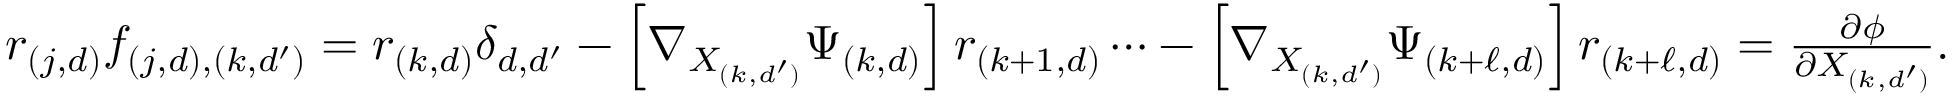
\begin{array} { r } { r _ { ( j , d ) } f _ { ( j , d ) , ( k , d ^ { \prime } ) } = r _ { ( k , d ) } \delta _ { d , d ^ { \prime } } - \left[ \nabla _ { X _ { ( k , d ^ { \prime } ) } } \Psi _ { ( k , d ) } \right] r _ { ( k + 1 , d ) } \cdots - \left[ \nabla _ { X _ { ( k , d ^ { \prime } ) } } \Psi _ { ( k + \ell , d ) } \right] r _ { { ( k + \ell , d ) } } = \frac { \partial \phi } { \partial X _ { ( k , d ^ { \prime } ) } } . } \end{array}